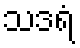
သဒရံ